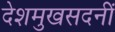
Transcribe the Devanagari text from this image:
देशमुखसदनीं